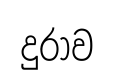
දුරාව